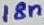
Text: 18n